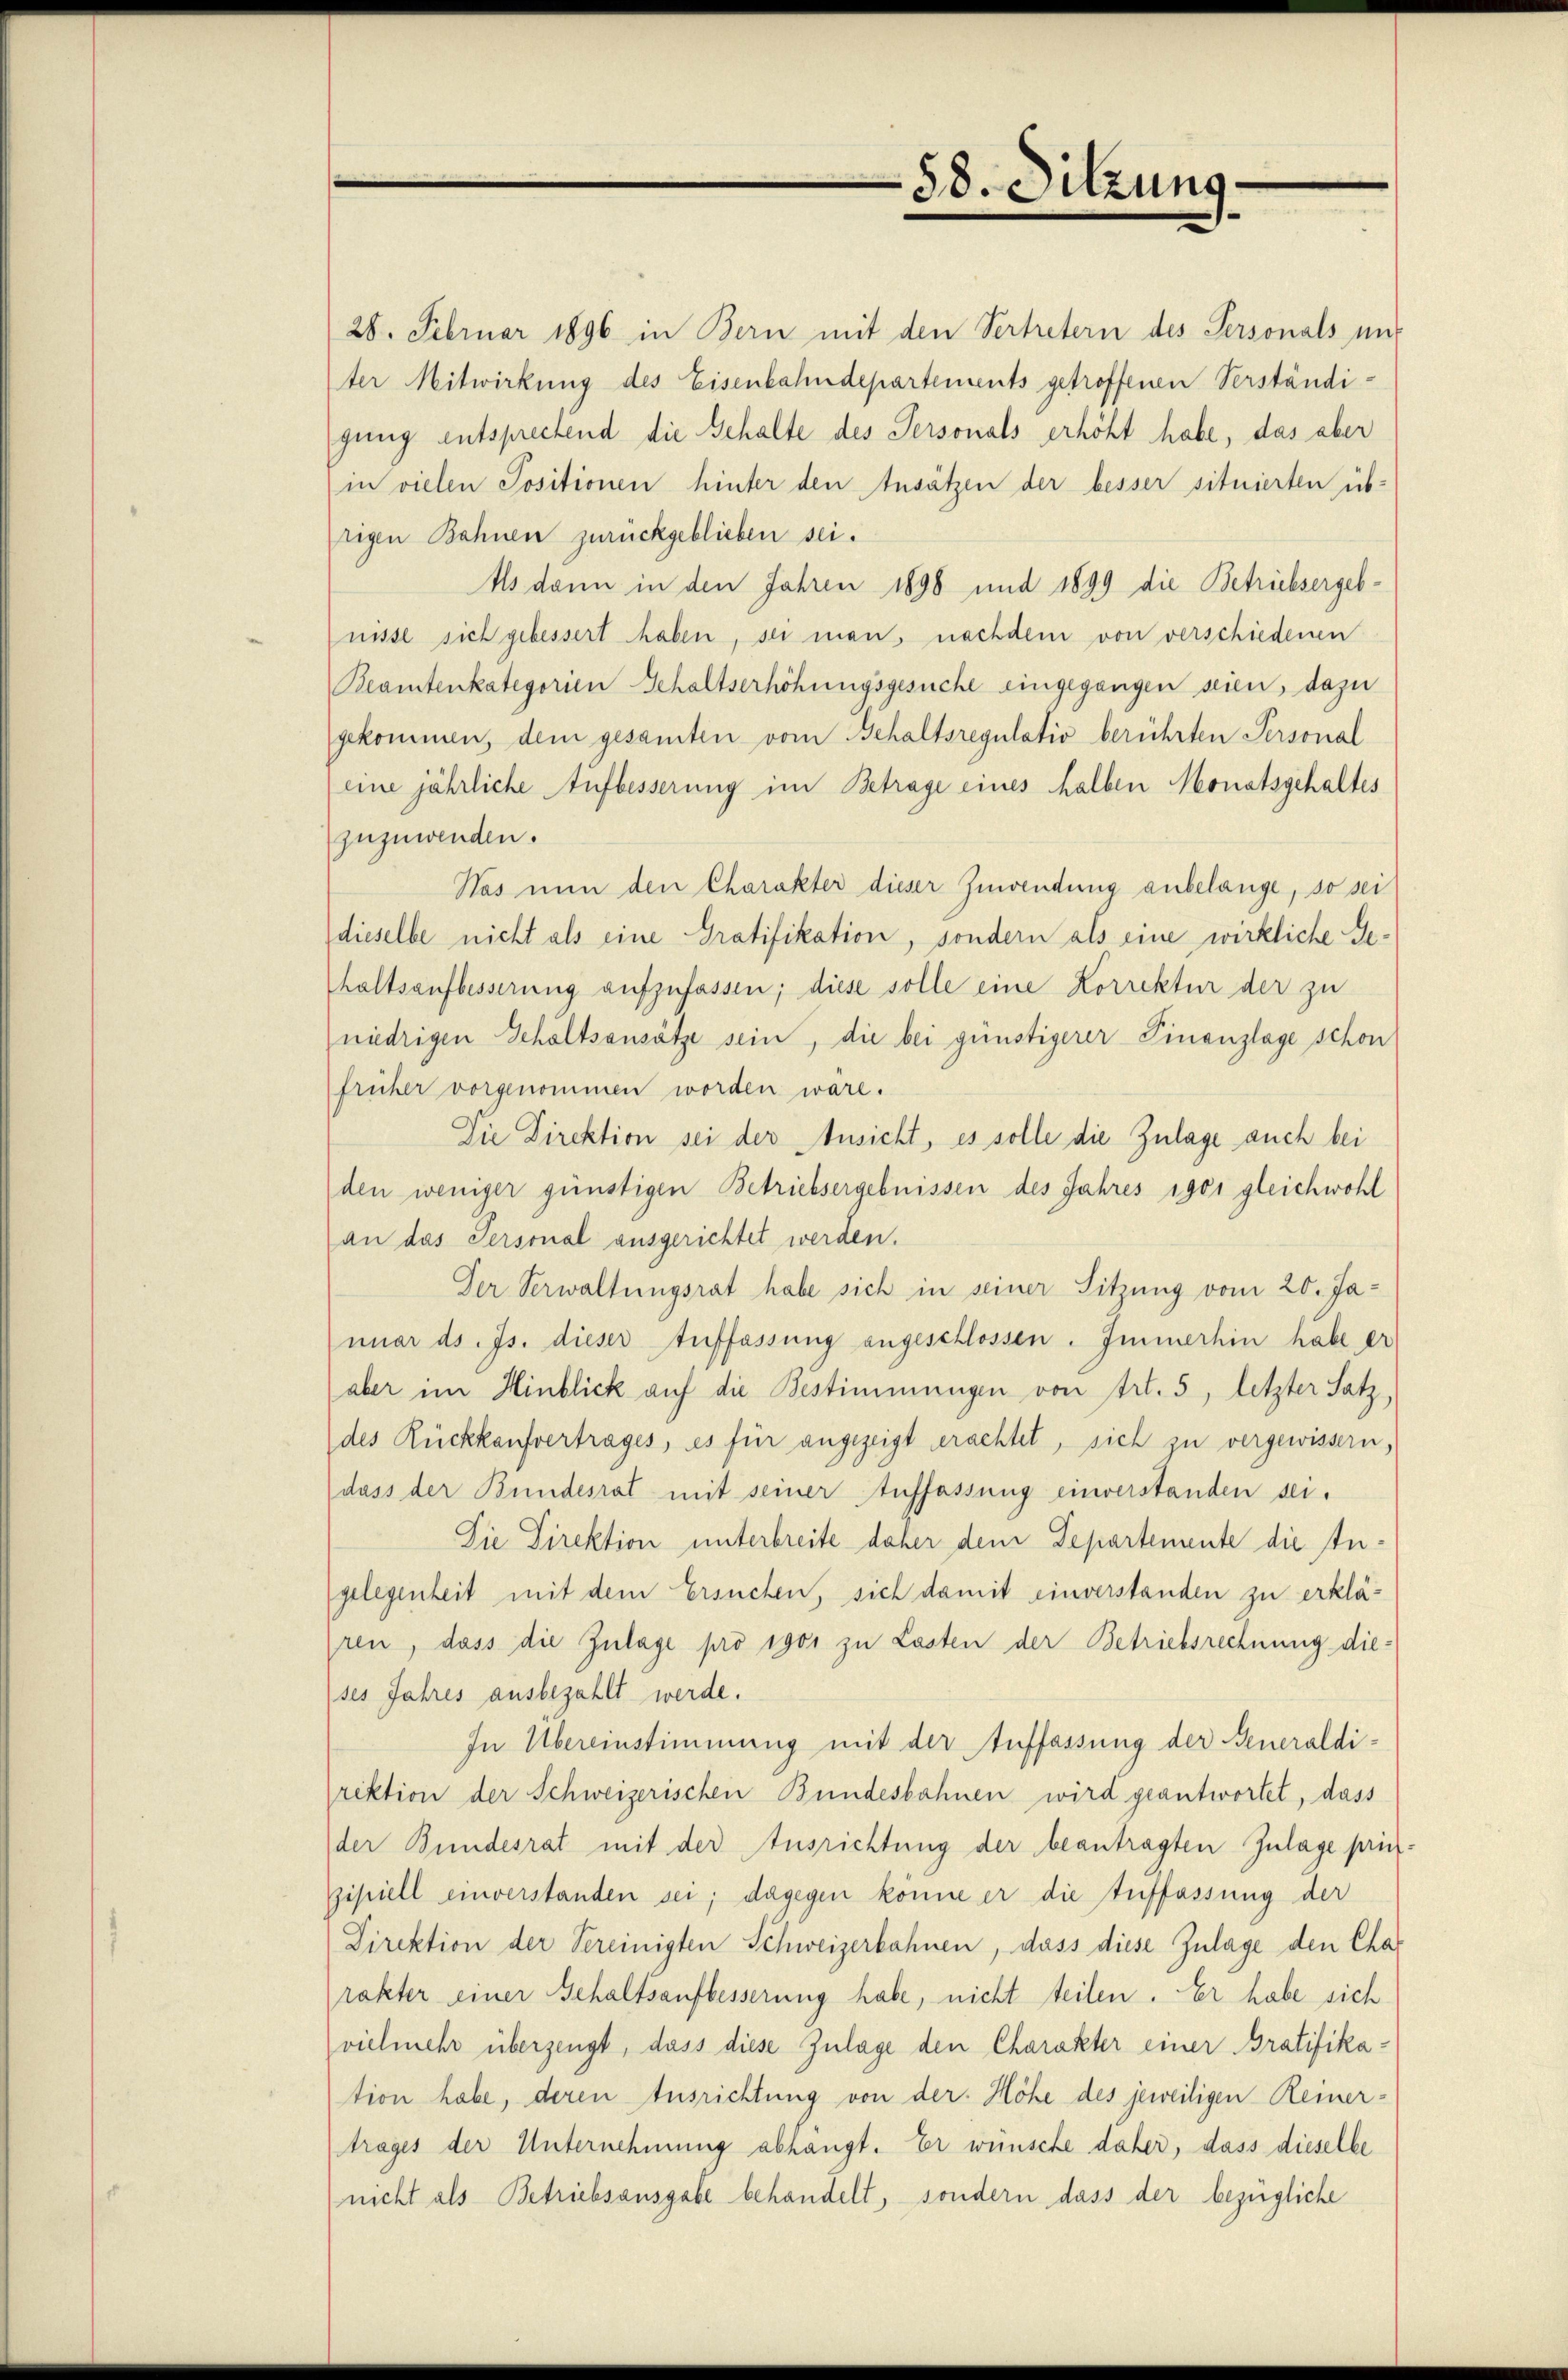
28. Februar 1896 in Bern mit den Vertretern des Personals mit
ter Mitwirkung des Eisenbahndepartements getroffenen Verständigung entsprechend die Gehalte des Personals erhöht habe, das aber
in vielen Positionen hinter den Ansätzen der besser situierten üb-
rigen Bahnen zurückgeblieben sei.
Als dann in den Jahren 1898 und 1899 die Betriebsergebnisse sich gebessert haben, sei man, nachdem von verschiedenen
Beamtenkategorien Gehaltserhöhungsgesuche eingegangen seien, dazu
gekommen, dem gesamten vom Behaltsregulativ berührten Personal
eine jährliche Aufbesserung im Betrage eines halben Monatsgehaltes
zuzuwenden.
Nas nun den Charakter dieser Zuwendung anbelange, so sei
dieselbe nicht als eine Gratifikation, sondern als eine wirkliche Sehaltsaufbesserung aufzufassen; diese solle eine Korrektur der zu
niedrigen Schaltsansätze sein, die bei günstigerer Finanzlage schon
früher vorgenommen worden wäre.
Die Direktion sei der Ansicht, es solle die Zulage auch bei
den weniger günstigen Betriebsergebnissen des Jahres 1901 gleichwohl
an das Personal ausgerichtet werden.
Der Verwaltungsrat habe sich in seiner Sitzung vom 20. Januar ds. Js. dieser Auffassung angeschlossen. Immerhin habe er
aber im Hinblick auf die Bestimmungen von Art. 5, letzter Satz,
des Rückkaufvertrages, es für angezeigt erachtet, sich zu vergewissern,
dass der Bundesrat mit seiner Auffassung einverstanden sei.
Die Direktion unterbreite daher dem Departemente die Angelegenheit mit dem Ersuchen, sich damit einverstanden zu erklä-
ren, dass die Zulage pro 1901 zu Lasten der Betriebsrechnung dieses Jahres ausbezahlt werde.
In Übereinstimmung mit der Auffassung der Generaldirektion der Schweizerischen Bundesbahnen wird geantwortet, dass
der Bundesrat mit der Ausrichtung der beantragten Zulage prinzipiell einverstanden sei; dagegen könne er die Auffassung der
Direktion der Vereinigten Schweizerbahnen, dass diese Zulage den Char
rakter einer Gehaltsaufbesserung habe, nicht teilen. Er habe sich
vielmehr überzeugt, dass diese Zulage den Charakter einer Gratifikation habe, deren Ausrichtung von der Höhe des jeweiligen Reinertrages der Unternehmung abhängt. Er wünsche daher, dass dieselbe
nicht als Betriebsausgabe behandelt, sondern dass der bezügliche

58. Sitzung.